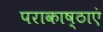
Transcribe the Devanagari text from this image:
पराकाष्ठाएं